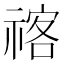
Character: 𥚰